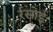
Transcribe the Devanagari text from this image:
र्रसोई